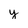
Character: y